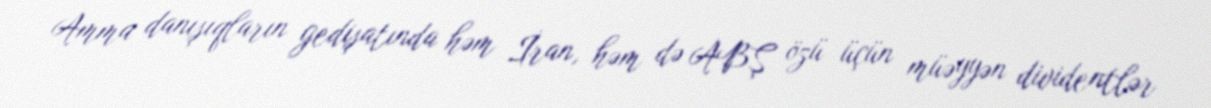
Amma danışıqların gedişatında həm İran, həm də ABŞ özü üçün müəyyən dividentlər